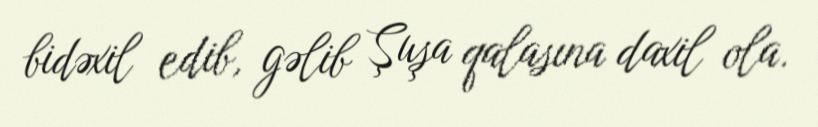
bidəxil edib, gəlib Şuşa qalasına daxil ola.